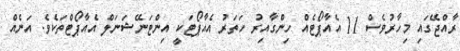
ރާއްޖޭގައި މިހާރުވެސް 11 އެއާޕޯޓެއް ހިންގާއިރު ހަތަރު އެއާޕޯޓަކީ އިންޓަނޭޝަނަލް އެއާޕޯޓްތަކެވެ. އަނެއް